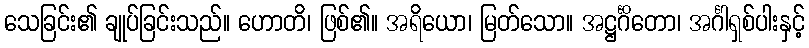
သေခြင်း၏ ချုပ်ခြင်းသည်။ ဟောတိ၊ ဖြစ်၏။ အရိယော၊ မြတ်သော။ အဋ္ဌင်္ဂိတော၊ အင်္ဂါရှစ်ပါးနှင့်